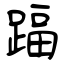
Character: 踾